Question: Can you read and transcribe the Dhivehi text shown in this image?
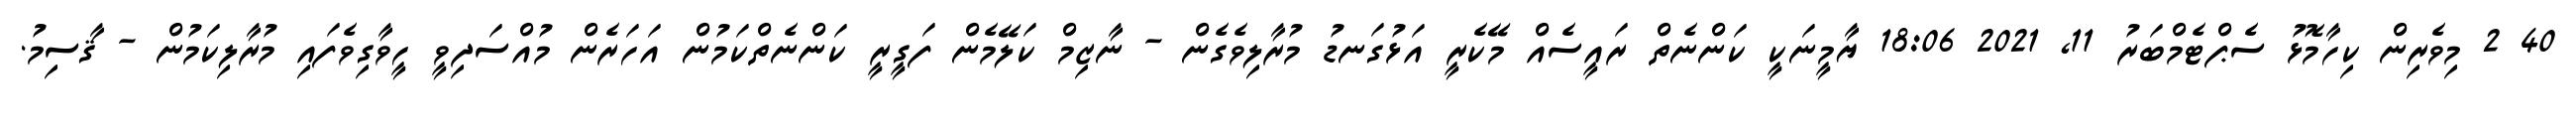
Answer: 40 2 މިވެރިން ކިހާމޮޅު ސެޕްޓެމްބަރު 11, 2021 18:06 ޔާމީނަކީ ކަންނެތް ރައީސެއް މޭކެރީ އަޅުގަނޑު މުރާލިވެގެން - ނާޒިމް ކަލޭމެން ފަގީރީ ކަންނެތްކަމުން އަހަރެން މުއްސަދިވީ ހީވާގިވެފައި މުރާލިކަމުން - ޤާސިމު.